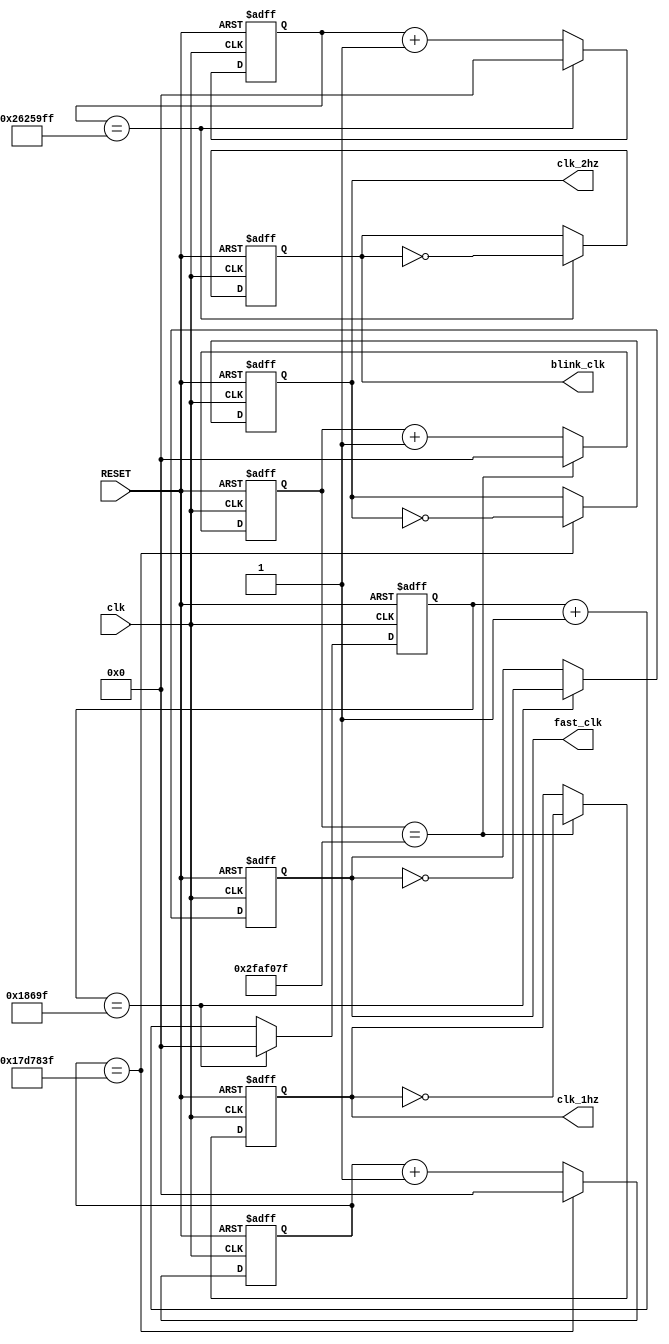
`timescale 1ns / 1ps
//////////////////////////////////////////////////////////////////////////////////
// Company: 
// Engineer: 
// 
// Design Name: 
// Module Name:    clock 
// Project Name: 
// Target Devices: 
// Tool versions: 
// Description: 
//
// Dependencies: 
//
// Revision: 
// Revision 0.01 - File Created
// Additional Comments: 
//
//////////////////////////////////////////////////////////////////////////////////
module clock(input RESET,
				 input clk, 					//100 MHz
				 output reg clk_2hz, 		//2 Hz
				 output reg clk_1hz, 		//1 Hz
				 output reg fast_clk, 		//100 Hz
				 output reg blink_clk);		//1.25 Hz


//2 Hz clock
reg [25:0] ctr2 = 0;
parameter dv2 = 26'd25_000_000;
//parameter dv2 = 27'd25;		//2 MHz


//1 Hz clock
reg [25:0] ctr1 = 0;
parameter dv1 = 26'd50_000_000;
//parameter dv1 = 27'd50;		//1 MHz


//Fast clock
reg [25:0] ctrf = 0;
parameter dvf = 26'd100_000;
//parameter dvf = 27'd2;


//Blinking clock
reg [25:0] ctrb = 0;
parameter dvb = 26'd40_000_000;



//100 MHz -> 2 Hz
always @(posedge clk, posedge RESET) begin
	if (RESET) begin
		ctr2 <= 0;
		clk_2hz <= 0;
	end else if (ctr2 == dv2 - 1) begin
		ctr2 <= 0;
		clk_2hz <= ~clk_2hz;
	end else begin
		ctr2 <= ctr2 + 1;
		clk_2hz <= clk_2hz;
	end 
end

//100 MHz -> 1 Hz
always @(posedge clk, posedge RESET) begin
	if (RESET) begin
		ctr1 <= 0;
		clk_1hz <= 0;
	end else if (ctr1 == dv1 - 1) begin
		ctr1 <= 0;
		clk_1hz <= ~clk_1hz;
	end else begin
		ctr1 <= ctr1 + 1;
		clk_1hz <= clk_1hz;
	end 
end

//100 Mhz -> fast clock
always @(posedge clk, posedge RESET) begin
	if (RESET) begin
		ctrf <= 0;
		fast_clk <= 0;
	end else if (ctrf == dvf - 1) begin
		ctrf <= 0;
		fast_clk <= ~fast_clk;
	end else begin
		ctrf <= ctrf + 1;
		fast_clk <= fast_clk;
	end 
end

//100 MHz -> blinking clock
always @(posedge clk, posedge RESET) begin
	if (RESET) begin
		ctrb <= 0;
		blink_clk <= 0;
	end else if (ctrb == dvb - 1) begin
		ctrb <= 0;
		blink_clk <= ~blink_clk;
	end else begin
		ctrb <= ctrb + 1;
		blink_clk <= blink_clk;
	end 
end

endmodule